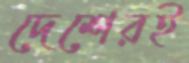
দেশেরই